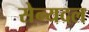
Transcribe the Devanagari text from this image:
सेन्यदल